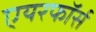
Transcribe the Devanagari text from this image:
एयरफॉर्स